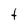
Character: t